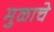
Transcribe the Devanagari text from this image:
मुळाचे